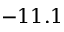
- 1 1 . 1